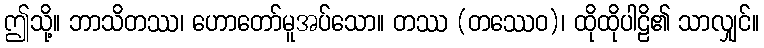
ဤသို့။ ဘာသိတဿ၊ ဟောတော်မူအပ်သော။ တဿ (တဿေဝ)၊ ထိုထိုပါဠိ၏ သာလျှင်။